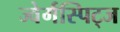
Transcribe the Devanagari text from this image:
ज्वेर्गस्पिट्ज